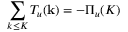
\sum _ { k \le K } T _ { u } ( { \bf k } ) = - \Pi _ { u } ( K )